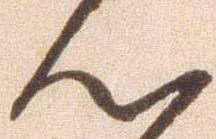
ん